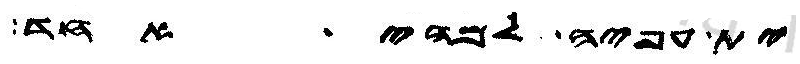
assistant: ית עפיה למהי אחד